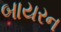
બાયરન